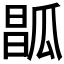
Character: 𤬆